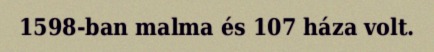
1598-ban malma és 107 háza volt.